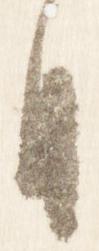
月